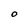
Character: 0